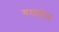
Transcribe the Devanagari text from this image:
गमावेल